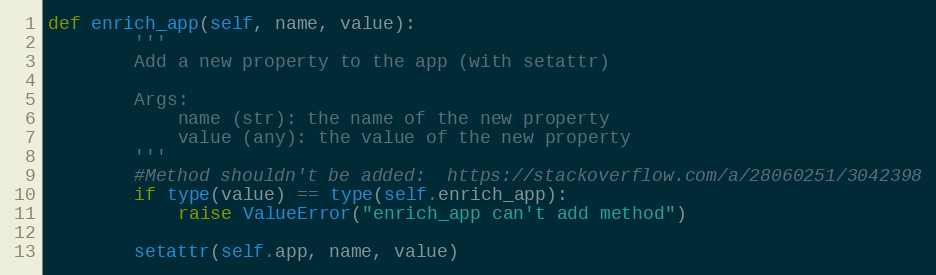
Language: Python
def enrich_app(self, name, value):
        '''
        Add a new property to the app (with setattr)

        Args:
            name (str): the name of the new property
            value (any): the value of the new property
        '''
        #Method shouldn't be added:  https://stackoverflow.com/a/28060251/3042398
        if type(value) == type(self.enrich_app):
            raise ValueError("enrich_app can't add method")

        setattr(self.app, name, value)